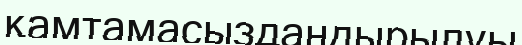
қамтамасыздандырылуы